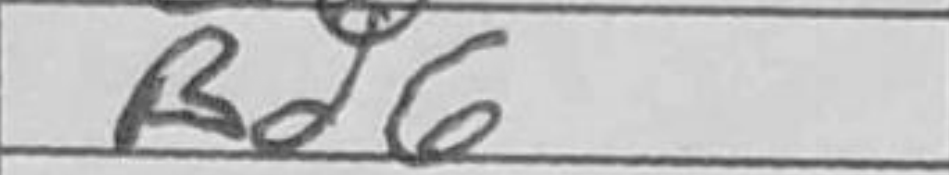
Transcription: Bd6